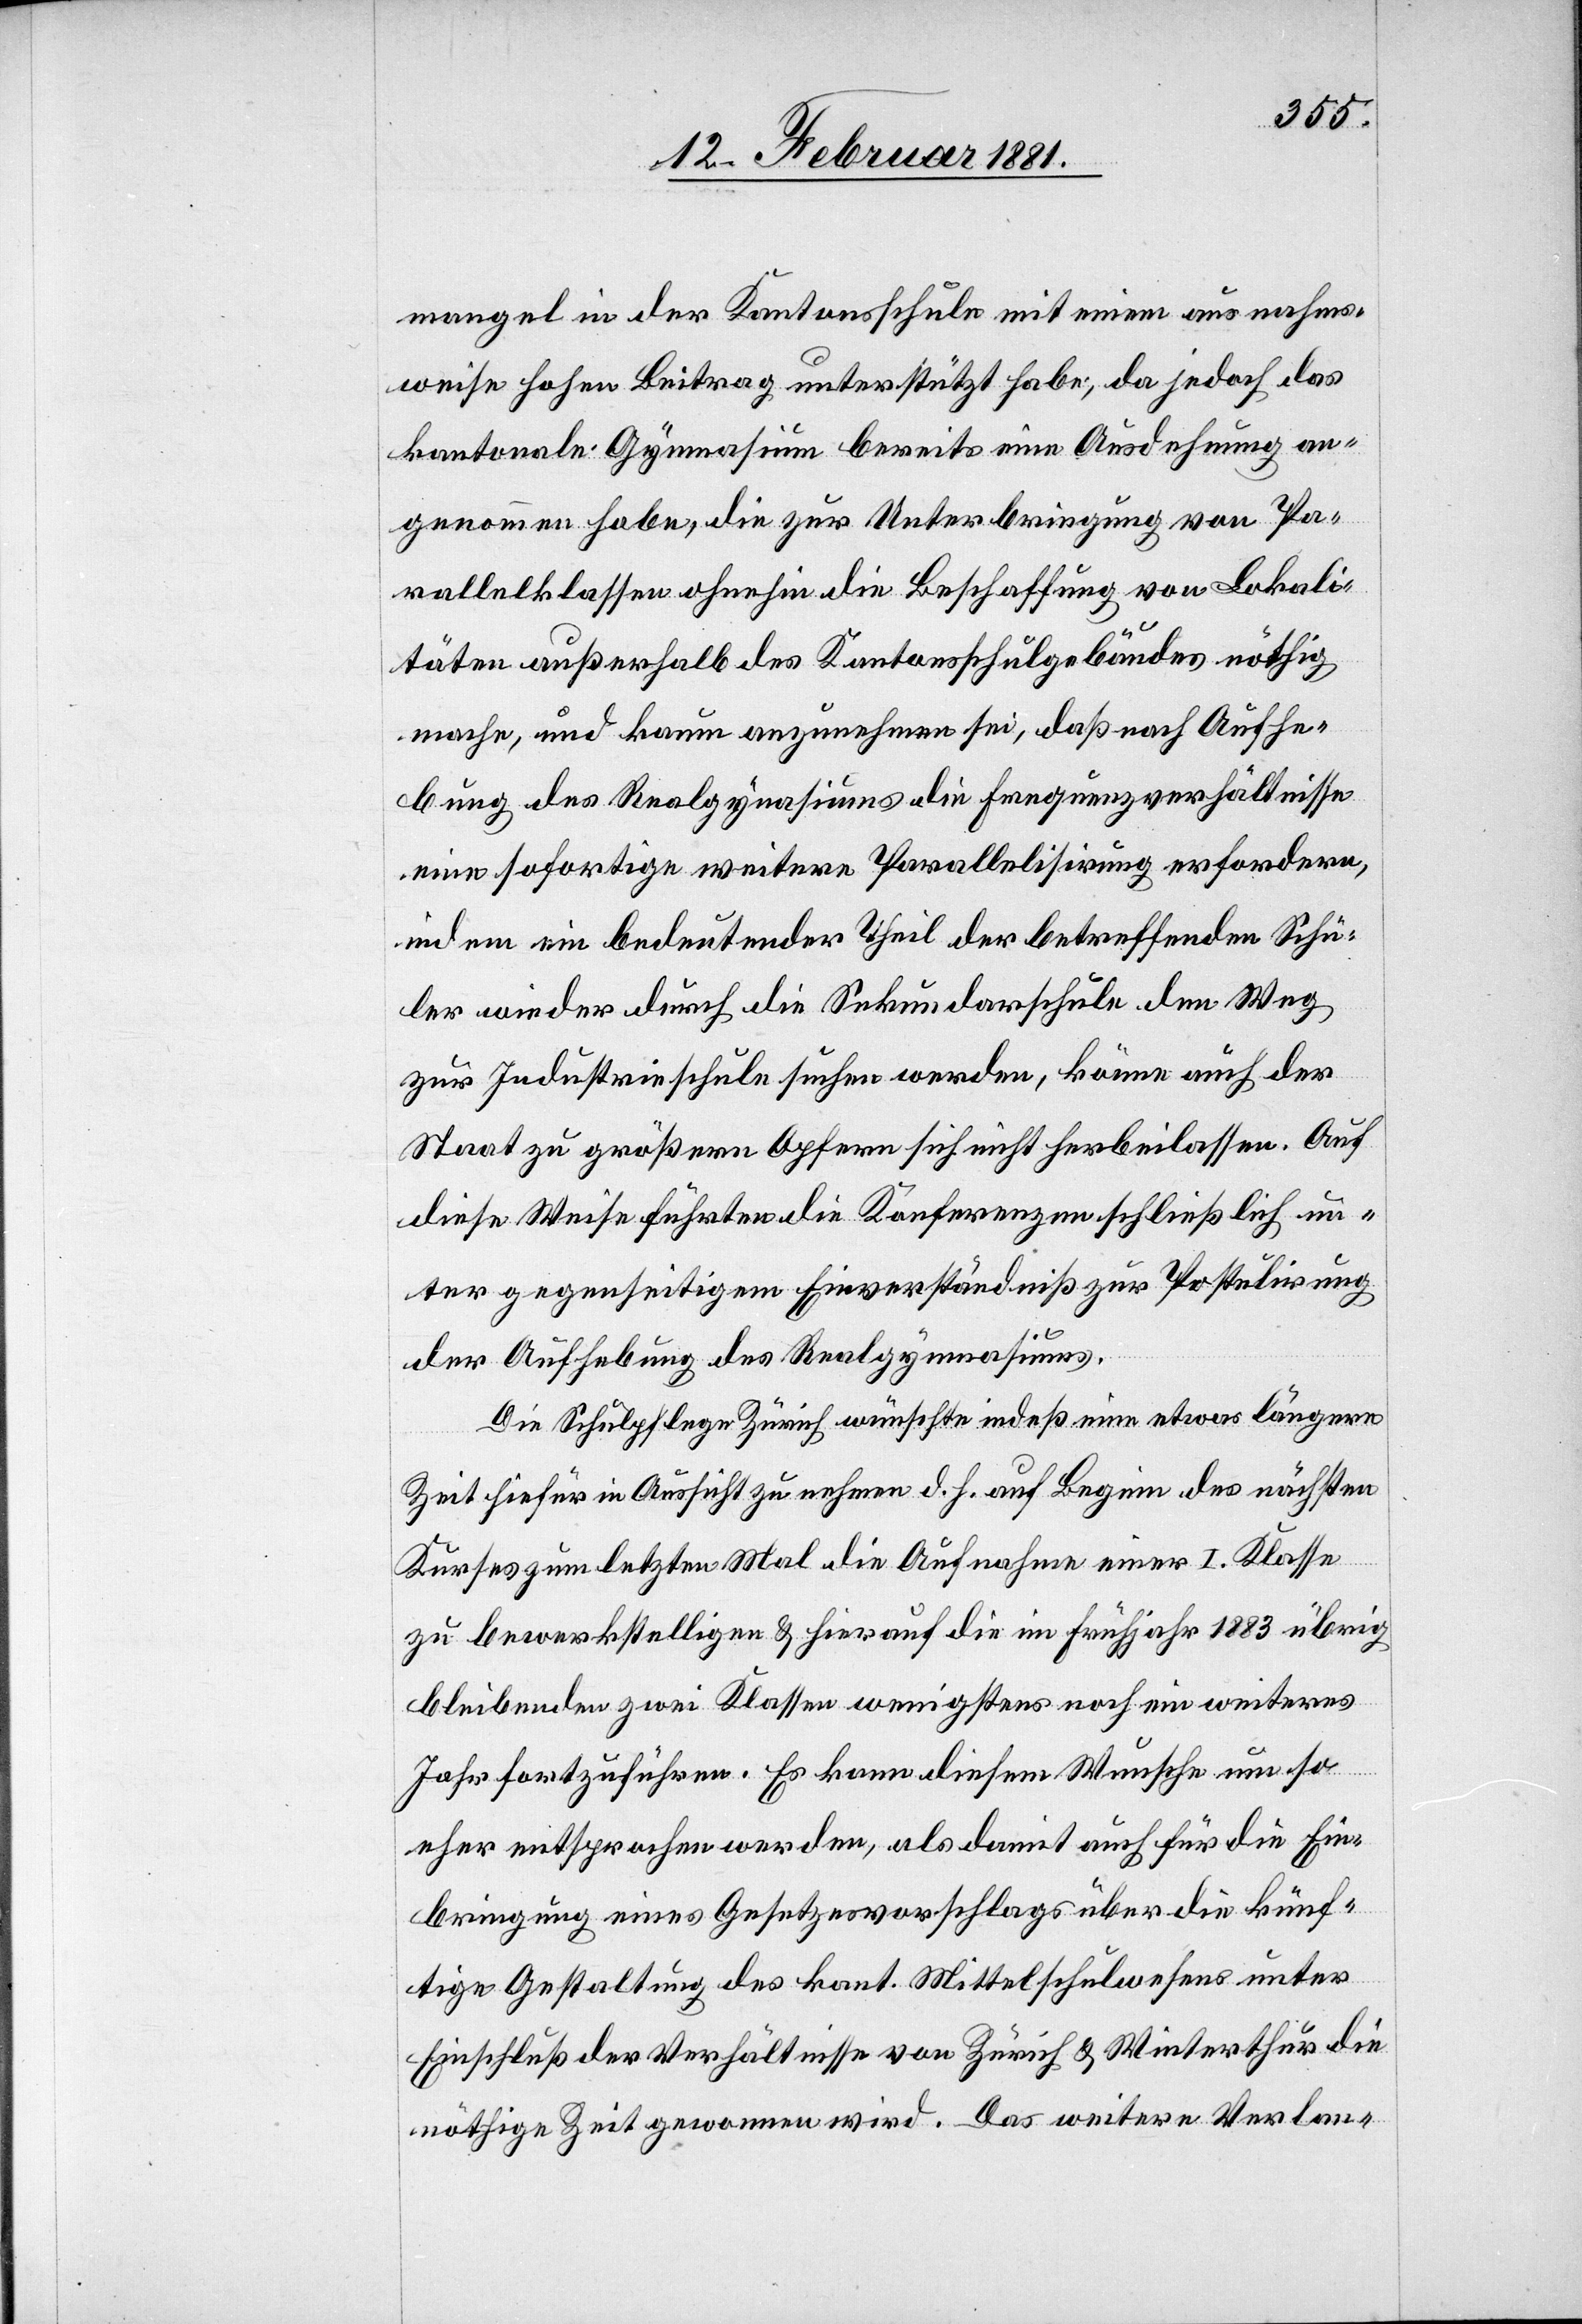
mangel in der Kantonsschule mit einem ausnahms¬
weise hohen Beitrag unterstützt habe; da jedoch das
kantonale Gymnasium bereits eine Ausdehnung an¬
genommen habe, die zur Unterbringung von Pa¬
rallelklassen ohnehin die Beschaffung von Lokali¬
täten außerhalb des Kantonsschulgebäudes nöthig
mache, und kaum anzunehmen sei, daß nach Aufhe¬
bung des Realgymnasiums die Frequenzverhältnisse
eine sofortige weitere Parallelisirung erfordern,
indem ein bedeutender Theil der betreffenden Schü¬
ler wieder durch die Sekundarschule den Weg
zur Industrieschule suchen werden, könne auch der
Staat zu größern Opfern sich nicht herbeilassen. Auf
diese Weise führten die Konferenzen schließlich un¬
ter gegenseitigem Einverständniß zur Postulirung
der Aufhebung des Realgymnasiums.
Die Schulpflege Zürich wünschte indeß eine etwas längere
Zeit hiefür in Aussicht zu nehmen d. h. auf Beginn des nächsten
Kurses zum letzten Mal die Aufnahme einer I. Klasse
zu bewerkstelligen & hierauf die im Frühjahr 1883 übrig
bleiben den zwei Klassen wenigstens noch ein weiteres
Jahr fortzuführen. Es kann diesem Wunsche um so
eher entsprochen werden, als damit auch für die Ein¬
bringung eines Gesetzesvorschlags über die künf¬
tige Gestaltung des kant. Mittelschulwesens unter
Einschluß der Verhältnisse von Zürich & Winterthur die
nöthige Zeit gewonnen wird. Das weitere Verlan-